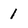
Character: 1